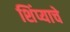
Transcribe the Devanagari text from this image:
शिंप्याचे